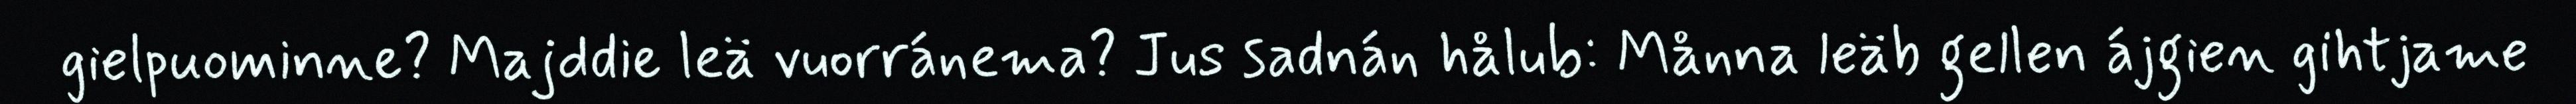
gielpuominne? Majddie leä vuorránema? Jus sadnán hålub: Månna leäb gellen ájgien gihtjame